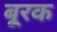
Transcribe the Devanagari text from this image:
बू्रक